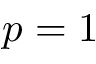
p = 1